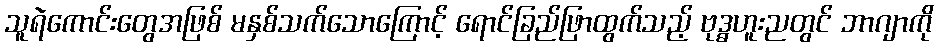
သူရဲကောင်းတွေအဖြစ် မနှစ်သက်သောကြောင့် ရောင်ခြည်ဖြာထွက်သည့် ဗုဒ္ဓဟူးညတွင် ဘာဂျာကို